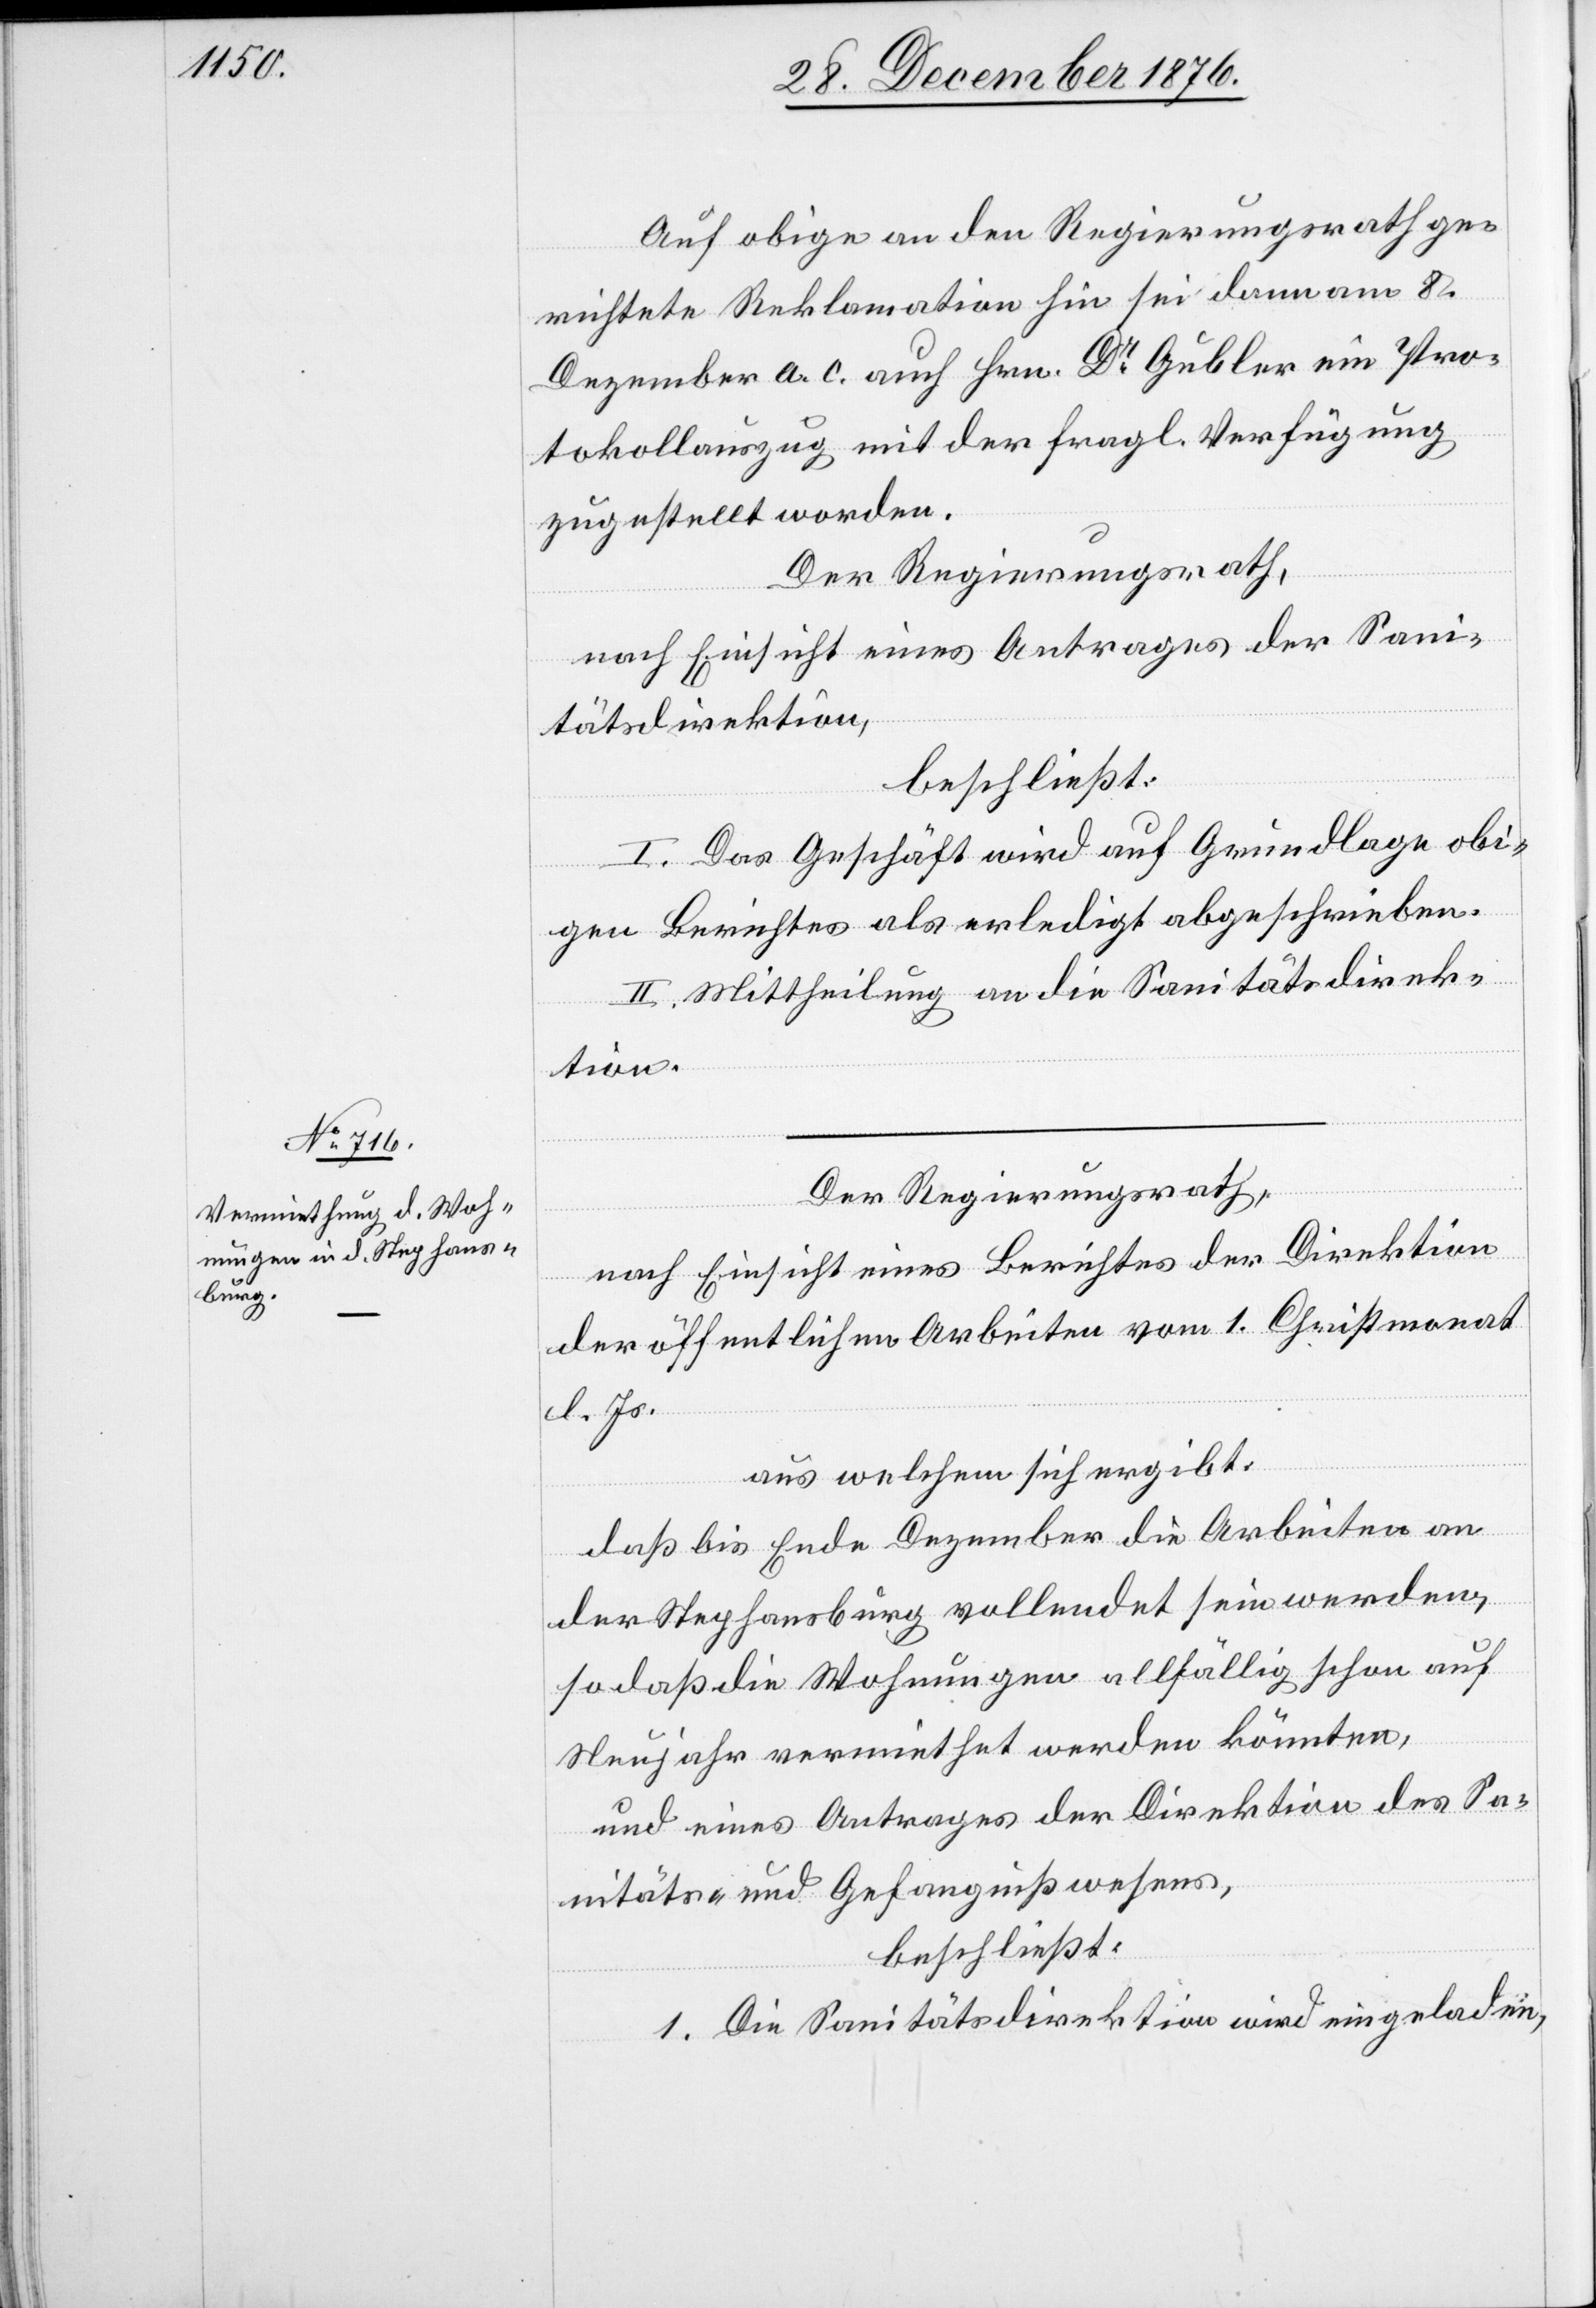
Auf obige an den Regierungsrath ge¬
richtete Reklamation hin sei dann am 8.
Dezember a. c. auch Hrn. Dr Gubler ein Pro¬
tokollauszug mit der fragl. Verfügung
zugestellt worden.
Der Regierungsrath,
nach Einsicht eines Antrages der Dire¬
itätsdirektion,
beschließt:
I. Das Geschäft wird auf Grundlage obi¬
gen Berichtes als erledigt abgeschrieben.
II. Mittheilung an die Sanitätsdirek¬
ktion
Der Regierungsrath,
der öffentlichen Arbeiten vom 1. Christmonat
l. Js.
aus welchem sich ergibt:
daß bis Ende Dezember die Arbeiten an
der Stephansburg vollendet sein werden,
so daß die Wohnungen allfällig schon auf
Neujahr vermiethet werden könnten,
und eines Antrages der Direktion des Sa¬
nitäts- und Gefängnißwesens,
beschließt:
1. Die Sanitätsdirektion wird eingeladen,